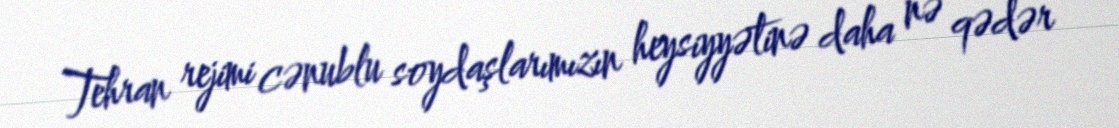
Tehran rejimi cənublu soydaşlarımızın heysiyyətinə daha nə qədər